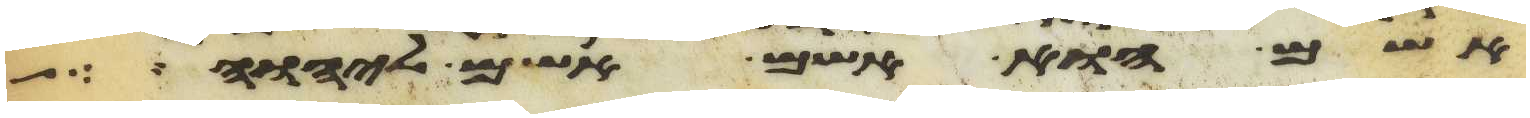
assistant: אשם הוא אשם אשם ליהוה